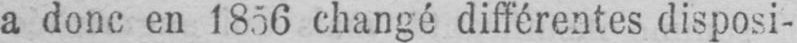
a donc en 1856 changé différentes disposi-